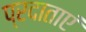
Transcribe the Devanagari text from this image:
प्रदाताएं